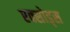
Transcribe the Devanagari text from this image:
एक्सोड्स